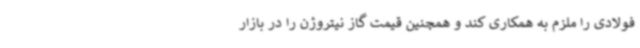
فولادی را ملزم به همکاری کند و همچنین قیمت گاز نیتروژن را در بازار